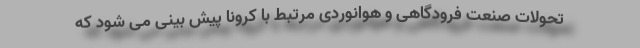
تحولات صنعت فرودگاهی و هوانوردی مرتبط با کرونا پیش بینی می شود که